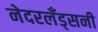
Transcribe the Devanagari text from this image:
नेदरलँड्सनी